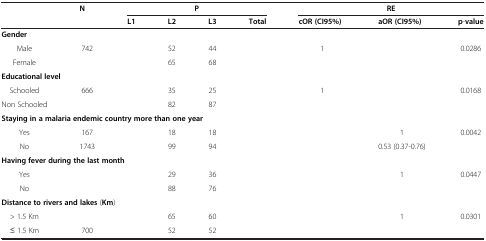
<table><thead><tr><td rowspan="2">[EMPTY_CELL]</td><td rowspan="2"><b>N</b></td><td colspan="4"><b>P</b></td><td colspan="3"><b>RE</b></td></tr><tr><td><b>L1</b></td><td><b>L2</b></td><td><b>L3</b></td><td><b>Total</b></td><td><b>cOR (CI95%)</b></td><td><b>aOR (CI95%)</b></td><td><b>p-value</b></td></tr></thead><tbody><tr><td colspan="9"><b>Gender</b></td></tr><tr><td>Male</td><td>742</td><td>[EMPTY_CELL]</td><td>52</td><td>44</td><td>[EMPTY_CELL]</td><td>1</td><td>[EMPTY_CELL]</td><td rowspan="2">0.0286</td></tr><tr><td>Female</td><td>[EMPTY_CELL]</td><td>[EMPTY_CELL]</td><td>65</td><td>68</td><td>[EMPTY_CELL]</td><td>[EMPTY_CELL]</td><td>[EMPTY_CELL]</td></tr><tr><td colspan="9"><b>Educational level</b></td></tr><tr><td>Schooled</td><td>666</td><td>[EMPTY_CELL]</td><td>35</td><td>25</td><td>[EMPTY_CELL]</td><td>1</td><td>[EMPTY_CELL]</td><td rowspan="2">0.0168</td></tr><tr><td>Non Schooled</td><td>[EMPTY_CELL]</td><td>[EMPTY_CELL]</td><td>82</td><td>87</td><td>[EMPTY_CELL]</td><td>[EMPTY_CELL]</td><td>[EMPTY_CELL]</td></tr><tr><td colspan="9"><b>Staying in a malaria endemic country more than one year</b></td></tr><tr><td>Yes</td><td>167</td><td>[EMPTY_CELL]</td><td>18</td><td>18</td><td>[EMPTY_CELL]</td><td>[EMPTY_CELL]</td><td>1</td><td rowspan="2">0.0042</td></tr><tr><td>No</td><td>1743</td><td>[EMPTY_CELL]</td><td>99</td><td>94</td><td>[EMPTY_CELL]</td><td>[EMPTY_CELL]</td><td>0.53 (0.37-0.76)</td></tr><tr><td colspan="9"><b>Having fever during the last month</b></td></tr><tr><td>Yes</td><td>[EMPTY_CELL]</td><td>[EMPTY_CELL]</td><td>29</td><td>36</td><td>[EMPTY_CELL]</td><td>[EMPTY_CELL]</td><td>1</td><td rowspan="2">0.0447</td></tr><tr><td>No</td><td>[EMPTY_CELL]</td><td>[EMPTY_CELL]</td><td>88</td><td>76</td><td>[EMPTY_CELL]</td><td>[EMPTY_CELL]</td><td>[EMPTY_CELL]</td></tr><tr><td colspan="9"><b>Distance to rivers and lakes</b> (<b>Km</b>)</td></tr><tr><td>&gt; 1.5 Km</td><td>[EMPTY_CELL]</td><td>[EMPTY_CELL]</td><td>65</td><td>60</td><td>[EMPTY_CELL]</td><td>[EMPTY_CELL]</td><td>1</td><td>0.0301</td></tr><tr><td>≤ 1.5 Km</td><td>700</td><td>[EMPTY_CELL]</td><td>52</td><td>52</td><td>[EMPTY_CELL]</td><td>[EMPTY_CELL]</td><td>[EMPTY_CELL]</td><td>[EMPTY_CELL]</td></tr></tbody></table>